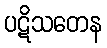
ပဋိသတေန